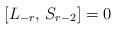
LaTeX: \begin{align*}[L_{-r}, \, S_{r-2}] = 0\end{align*}